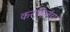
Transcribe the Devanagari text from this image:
करविलय